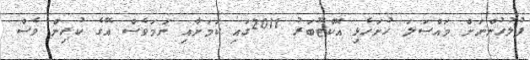
ފުލުހުންނަށް މައްސަލަ ހުށަހެޅި އޮކްޓޫބަރު 2011ގައި ކަމަށާއި ނަމަވެސް އޭގެ ކުރިން ވެސް